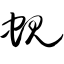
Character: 蚬